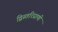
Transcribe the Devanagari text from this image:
द्विस्तरिप्राणी